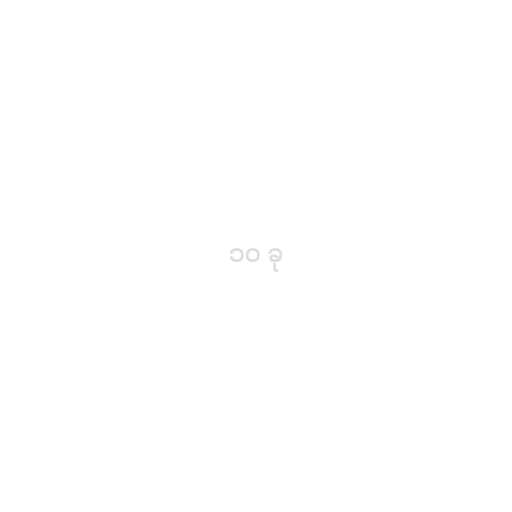
၁၀ ခု